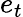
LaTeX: e_{t}